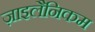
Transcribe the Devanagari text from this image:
ज़ाइलैनिकम